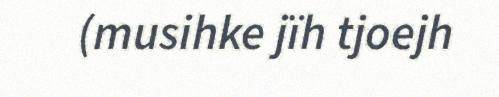
(musihke jïh tjoejh